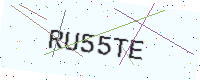
Text: RU55TE